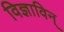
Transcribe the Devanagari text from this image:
विज्ञाविन्